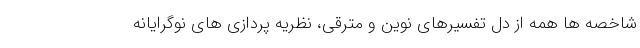
شاخصه ها همه از دل تفسیرهای نوین و مترقی، نظریه پردازی های نوگرایانه